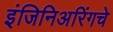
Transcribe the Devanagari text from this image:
इंजिनिअरिंगचे